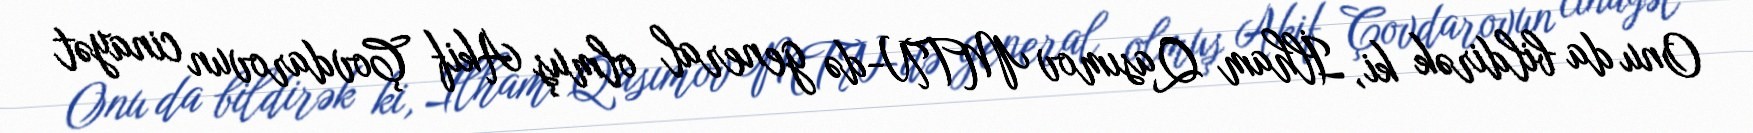
Onu da bildirək ki, İlham Qasımov MTN-də general olmuş Akif Çovdarovun cinayət